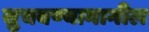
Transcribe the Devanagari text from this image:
सुचवण्यामागील